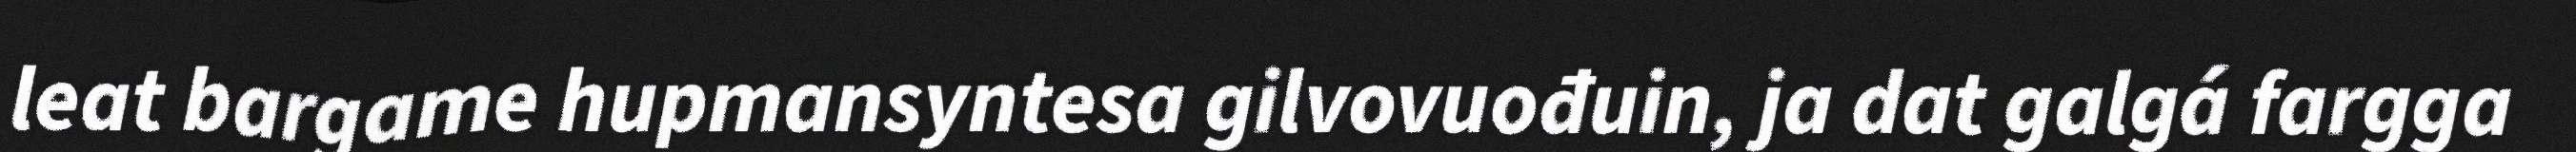
leat bargame hupmansyntesa gilvovuođuin, ja dat galgá fargga